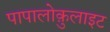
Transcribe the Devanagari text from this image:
पापालोक़ुलाइट